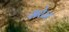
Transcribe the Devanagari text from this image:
सरेज